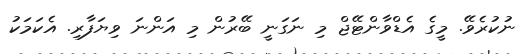
ނުކުރެވޭ. މީގެ އެޑްވާންޓޭޖް މި ނަގަނީ ބޭރުން މި އަންނަ ވިޔަފާރި. އެކަމަކު